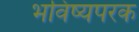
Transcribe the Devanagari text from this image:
भविष्यपरक